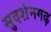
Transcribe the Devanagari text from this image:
सुदर्शनगढ़